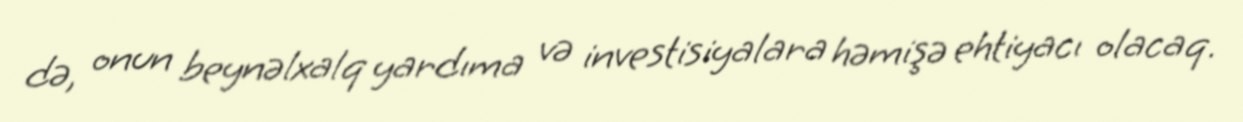
də, onun beynəlxalq yardıma və investisiyalara həmişə ehtiyacı olacaq.